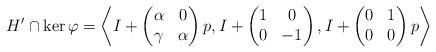
LaTeX: \begin{align*}H' \cap \ker \varphi = \left \langle I + \begin{pmatrix} \alpha & 0 \\ \gamma & \alpha \end{pmatrix} p, I + \begin{pmatrix} 1 & 0 \\ 0 & -1 \end{pmatrix}, I + \begin{pmatrix} 0 & 1 \\ 0 & 0 \end{pmatrix} p \right \rangle\end{align*}